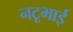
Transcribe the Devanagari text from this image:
नटूभाई